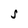
Character: S